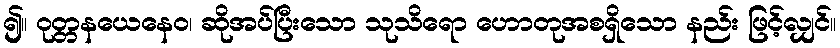
၍။ ဝုတ္တနယေနေဝ၊ ဆိုအပ်ပြီးသော သုသိရော ဟောတုအစရှိသော နည်း ဖြင့်လျှင်။